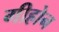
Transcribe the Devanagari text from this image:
गीहोन